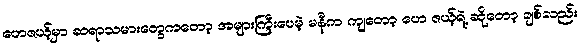
ဟေဇယ့်မှာ ဆရာသမားတွေကတော့ အများကြီးပေမဲ့ မနီက ကျတော့ ဟေ ဇယ့်ရဲ့ ဆိုတော့ ချစ်လည်း